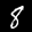
Label: 8